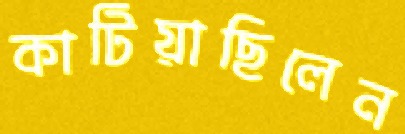
কাটিয়াছিলেন